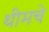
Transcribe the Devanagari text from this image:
थीमचे